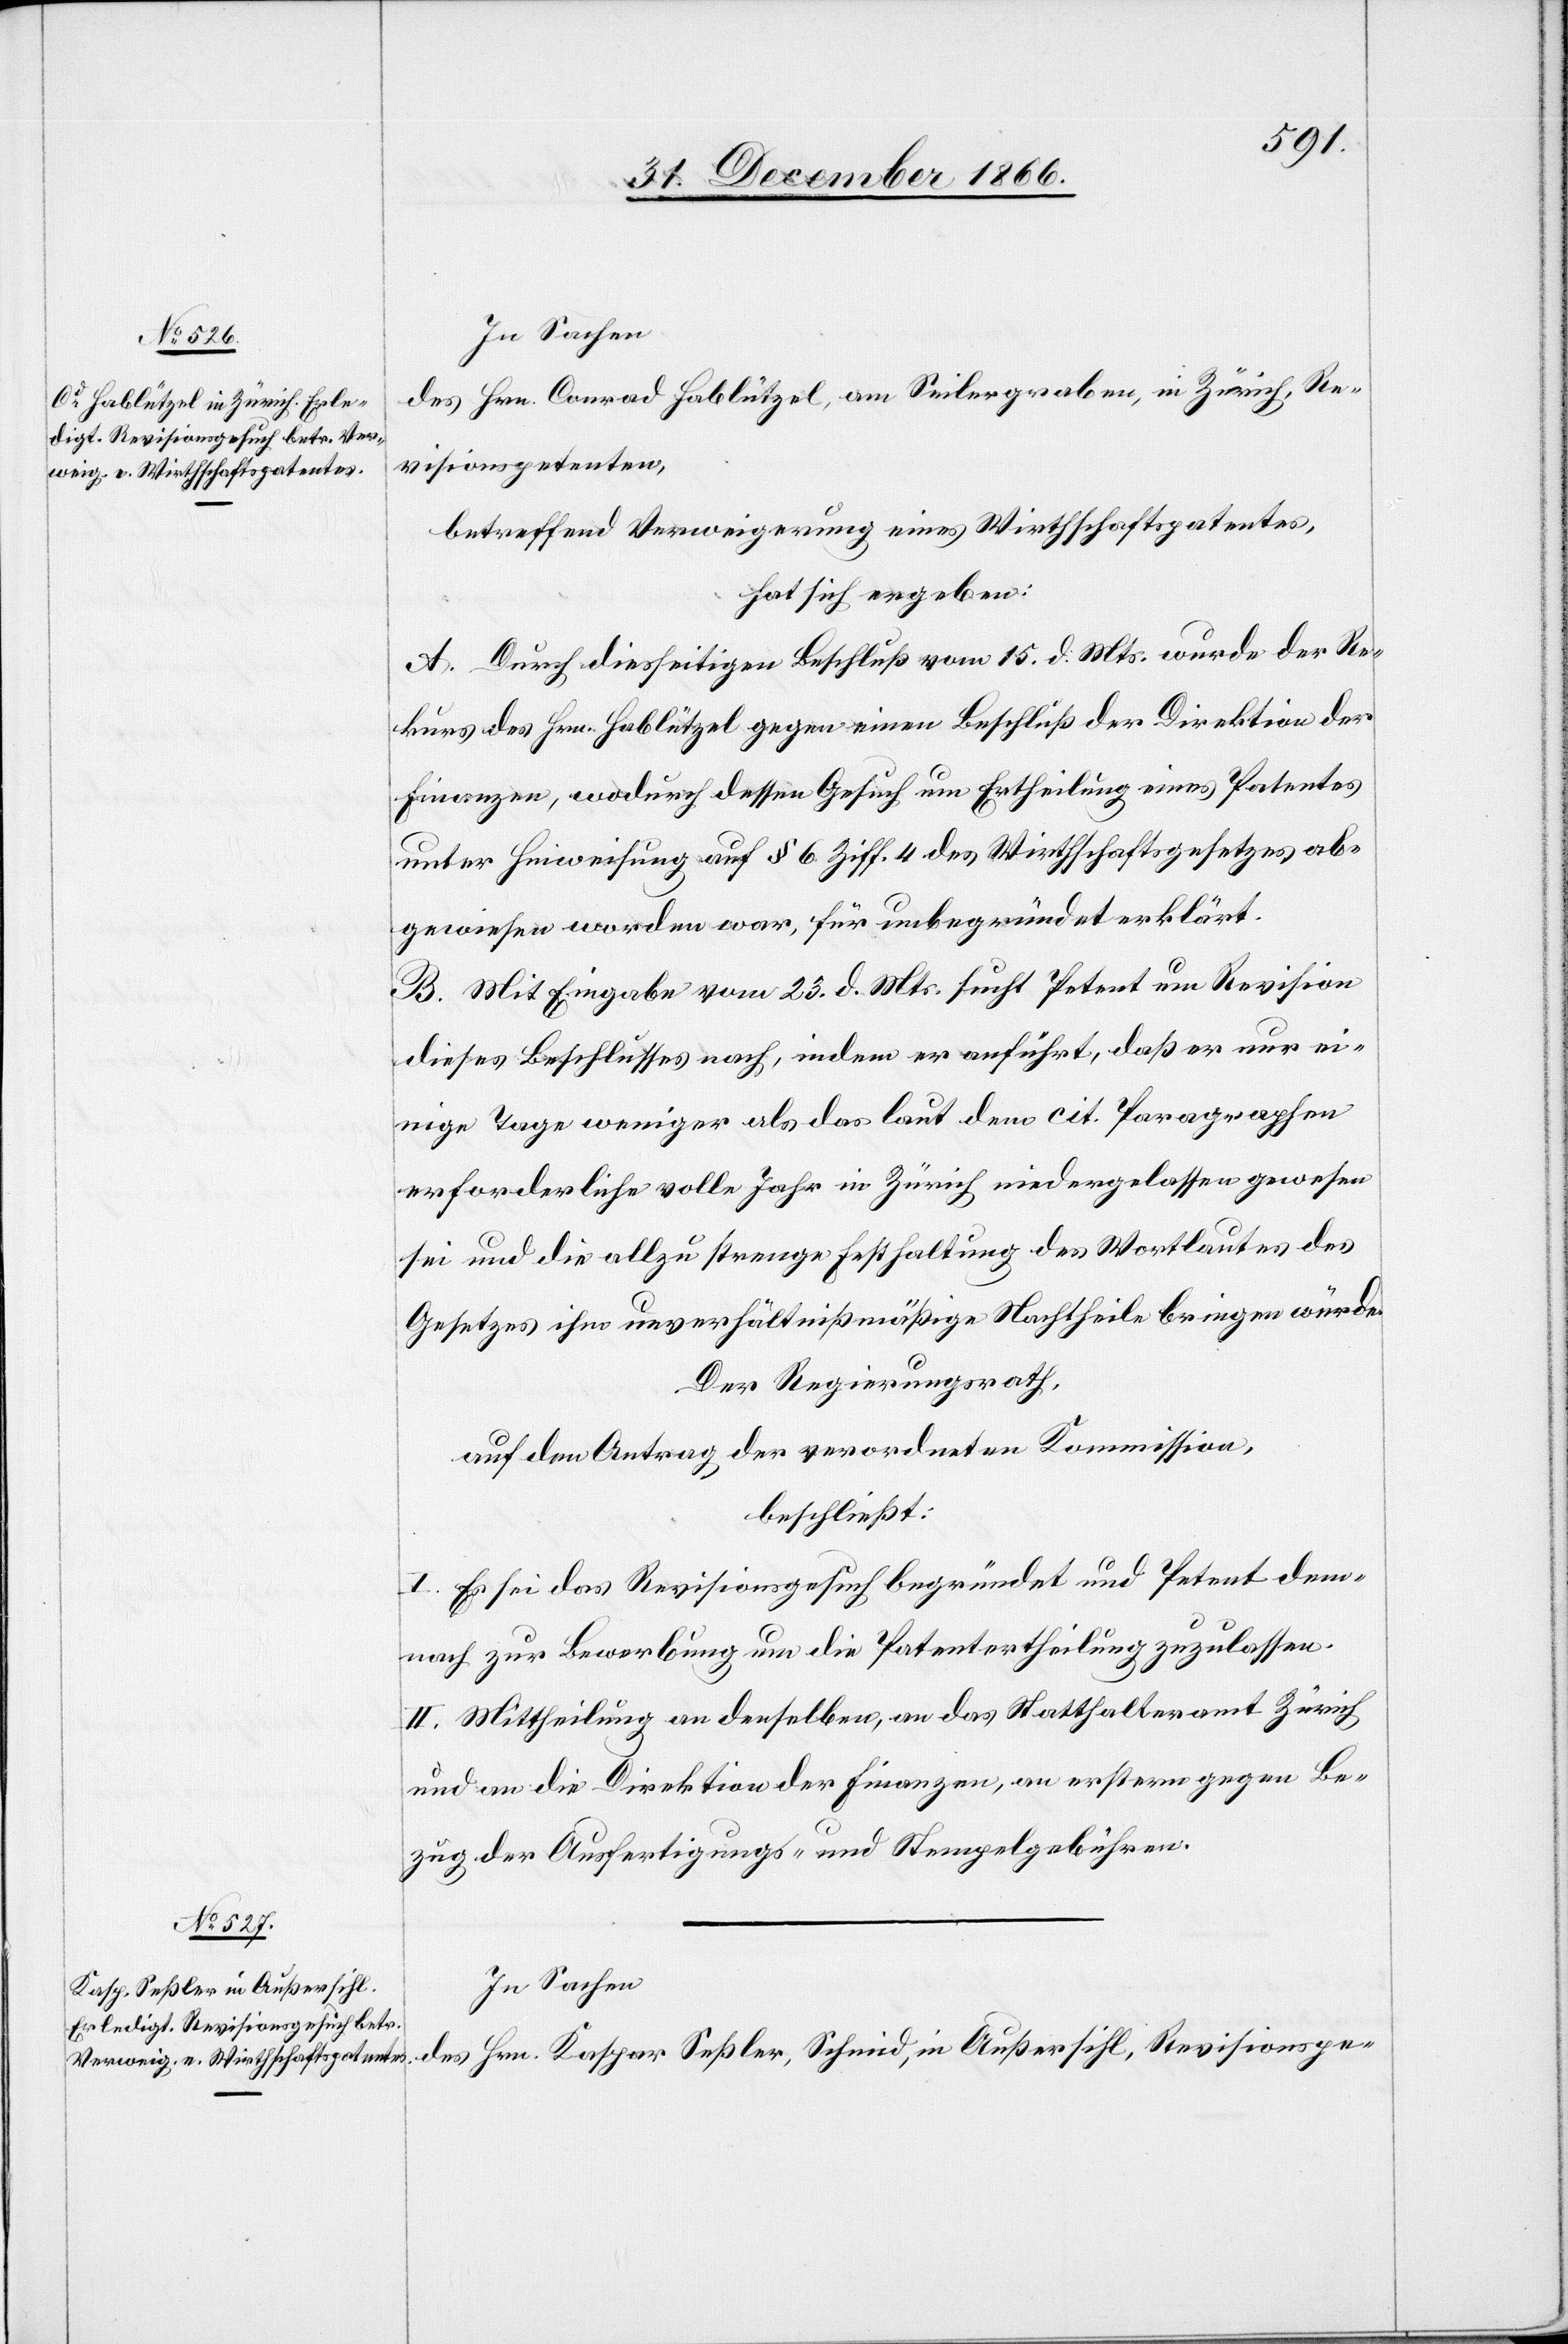
In Sachen
des Hrn. Conrad Hablützel, am Seilergraben, in Zürich, Re¬
visionspetenten,
betreffend Verweigerung eines Wirthschaftspatentes,
hat sich ergeben:
A. Durch diesseitigen Beschluß vom 15. d. Mts. wurde der Re¬
kurs des Hrn. Hablützel gegen einen Beschluß der Direktion der
Finanzen, wodurch dessen Gesuch um Ertheilung eines Patentes
unter Hinweisung auf § 6 Ziff. 4 des Wirthschaftsgesetzes ab¬
gewiesen worden war, für unbegründet erklärt.
B. Mit Eingabe vom 23. d. Mts. sucht Petent um Revision
dieses Beschlusses nach, indem er anführt, daß er nur ei¬
nige Tage weniger als das laut dem cit. Paragraphen
erforderliche volle Jahr in Zürich niedergelassen gewesen
sei und die allzu strenge Festhaltung des Wortlautes des
Gesetzes ihm unverhältnißmäßige Nachtheile bringen würde.
Der Regierungsrath,
auf den Antrag der verordneten Kommission,
beschließt:
I. Es sei das Revisionsgesuch begründet und Petent dem¬
nach zur Bewerbung um die Patentertheilung zuzulassen.
II. Mittheilung an denselben, an das Statthalteramt Zürich
und an die Direktion der Finanzen, an erstern gegen Be¬
zug der Ausfertigungs- und Stempelgebühren.
In Sachen
des Hrn. Kaspar Seßler, Schmid, in Außersihl, Revisionspe-